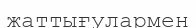
жаттығулармен